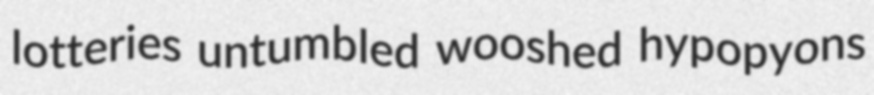
lotteries untumbled wooshed hypopyons